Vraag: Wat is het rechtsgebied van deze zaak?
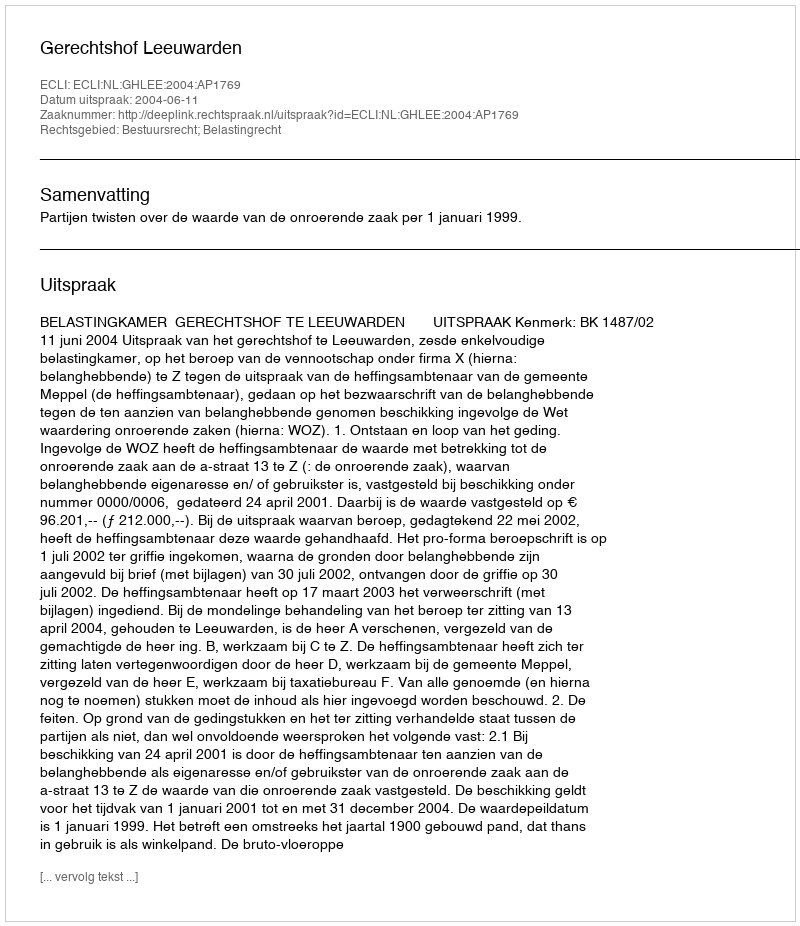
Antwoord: Bestuursrecht; Belastingrecht